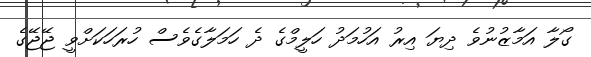
ގޯލާ އަމާޒުނުވެ ދިޔަ އިރު އަހުމަދު ހަލީމްގެ ދެ ހަމަލާގެވެސް ހުރަހަކަށްވީ ޖޭޖޭގެ